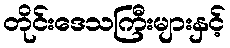
တိုင်းဒေသကြီးများနှင့်